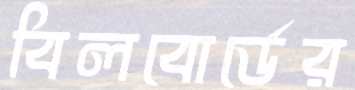
বিলবোর্ডের